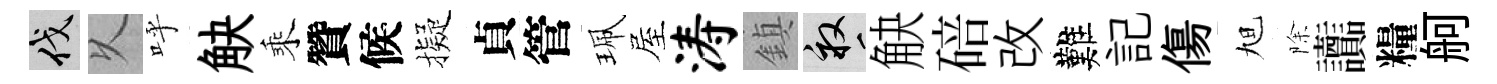
伐乆呼觖乘贊候擬貞管珮屋涛鎮畝觖碚改難記傷旭除讟糧舸